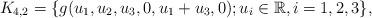
LaTeX: \begin{align*} K_{4,2}=\{g(u_1,u_2,u_3,0,u_1+u_3,0); u_i \in \mathbb R, i=1,2,3 \}, \end{align*}